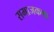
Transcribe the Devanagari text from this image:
समाजकथा